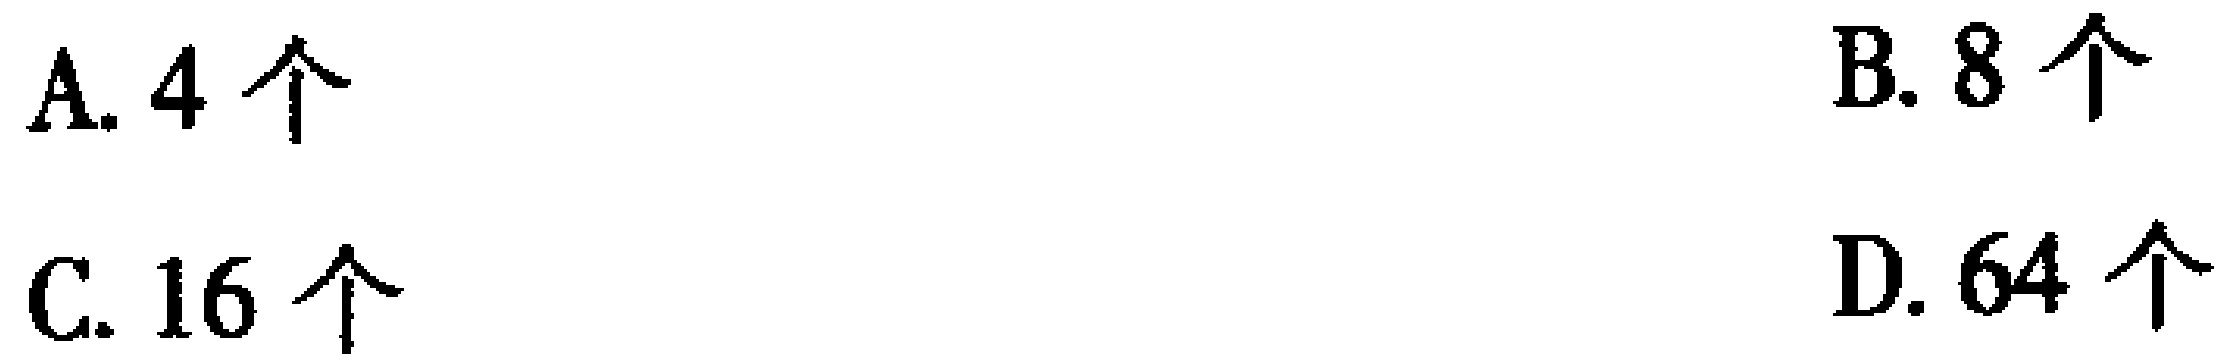
A. 4 个
B. 8 个
C. 16 个
D. 64 个